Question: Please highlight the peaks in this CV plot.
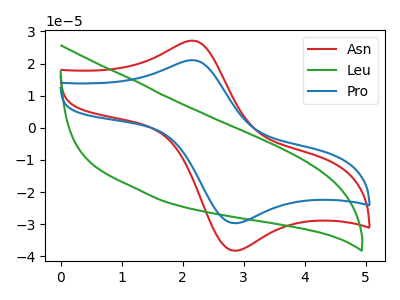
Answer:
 <answer>The red curve "Asn" has an anodic peak at (2.15V, 27.10uA) and a cathodic peak at (2.85V, -38.20uA). The green curve "Leu" has no peaks. The blue curve "Pro" has an anodic peak at (2.15V, 21.05uA) and a cathodic peak at (2.85V, -29.65uA).</answer>
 <eval></eval>